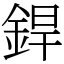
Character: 銲